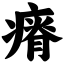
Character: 瘠